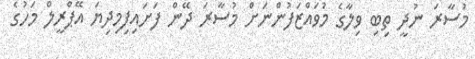
މުސާރަ ނުދީ ތިބި ވިލާގެ މުވައްޒަފުންނަށް މުސާރަ ދޭން ފަށައިފިމިދިޔަ އޭޕްރީލް މަހުގެ